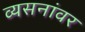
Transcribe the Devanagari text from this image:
व्यसनांवर